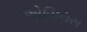
એરિનિસ